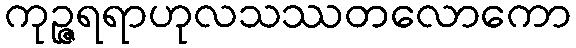
ကုဉ္ဇရရာဟုလသဿတလောကော